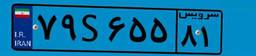
۷۹S۶۵۵۸۱